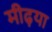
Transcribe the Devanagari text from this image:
मीढ़या